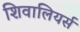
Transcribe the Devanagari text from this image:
शिवालियर्स